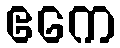
ဧကေ